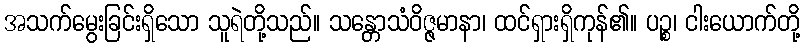
အသက်မွေးခြင်းရှိသော သူရဲတို့သည်။ သန္တောသံဝိဇ္ဇမာနာ၊ ထင်ရှားရှိကုန်၏။ ပဉ္စ၊ ငါးယောက်တို့